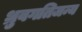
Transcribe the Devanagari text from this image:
ध्रुवगतिजन्य